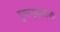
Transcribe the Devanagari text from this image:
गुणानुसारिणी